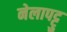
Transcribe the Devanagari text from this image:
नेलापट्टु